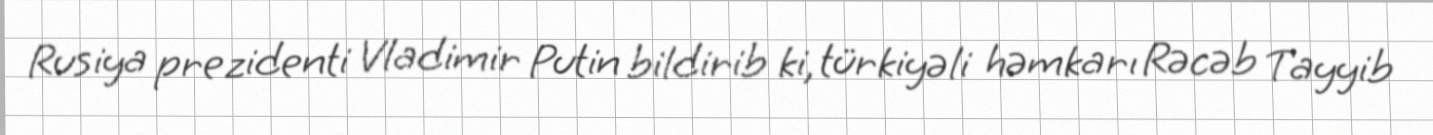
Rusiya prezidenti Vladimir Putin bildirib ki, türkiyəli həmkarı Rəcəb Tayyib